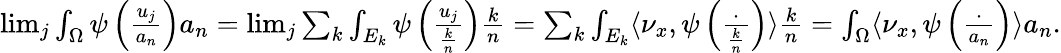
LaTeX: \begin{array}{r}{\operatorname*{lim}_{j}\int_{\Omega}\psi\left(\frac{u_{j}}{a_{n}}\right)a_{n}=\operatorname*{lim}_{j}\sum_{k}\int_{E_{k}}\psi\left(\frac{u_{j}}{\frac{k}{n}}\right)\frac{k}{n}=\sum_{k}\int_{E_{k}}\langle\nu_{x},\psi\left(\frac{\cdot}{\frac{k}{n}}\right)\rangle\frac{k}{n}=\int_{\Omega}\langle\nu_{x},\psi\left(\frac{\cdot}{a_{n}}\right)\rangle a_{n}.}\end{array}